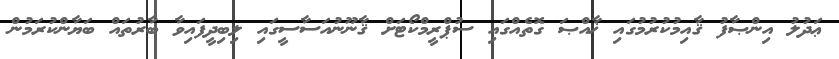
ޢަދުލު އިންޞާފު ޤާއިމުކުރުމުގައި ޚާއްޞަ ގޮތެއްގައި ސުޕްރީމްކޯޓަށް ޤާނޫނުއަސާސީގައި ލިބިދީފައިވާ ބާރުތައް ބަޔާންކުރަމުން